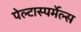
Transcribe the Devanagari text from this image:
पेल्टास्पर्मेल्स